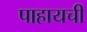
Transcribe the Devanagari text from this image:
पाहायची